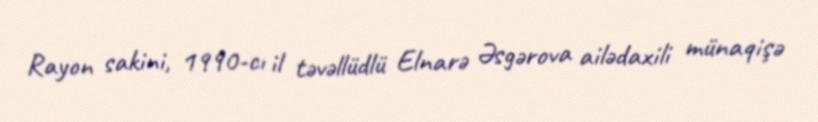
Rayon sakini, 1990-cı il təvəllüdlü Elnarə Əsgərova ailədaxili münaqişə